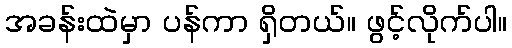
အခန်းထဲမှာ ပန်ကာ ရှိတယ်။ ဖွင့်လိုက်ပါ။